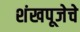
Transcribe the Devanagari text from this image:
शंखपूजेचे